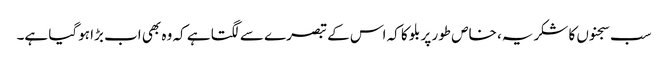
سب سجنوں کا شکریہ، خاص طور پر بلو کا کہ اس کے تبصرے سے لگتا ہے کہ وہ بھی اب بڑا ہوگیا ہے۔